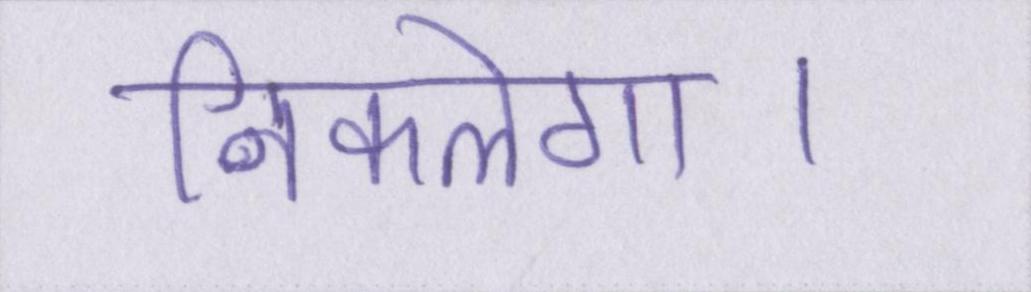
निकलेगा।